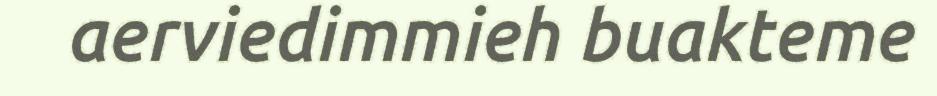
aerviedimmieh buakteme